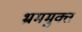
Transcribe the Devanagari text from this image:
भ्रममुक्त